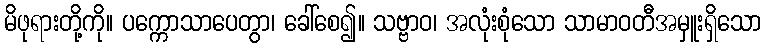
မိဖုရားတို့ကို။ ပက္ကောသာပေတွာ၊ ခေါ်စေ၍။ သဗ္ဗာဝ၊ အလုံးစုံသော သာမာဝတီအမှူးရှိသော